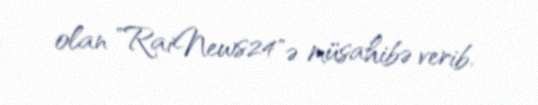
olan "RaiNews24"ə müsahibə verib.